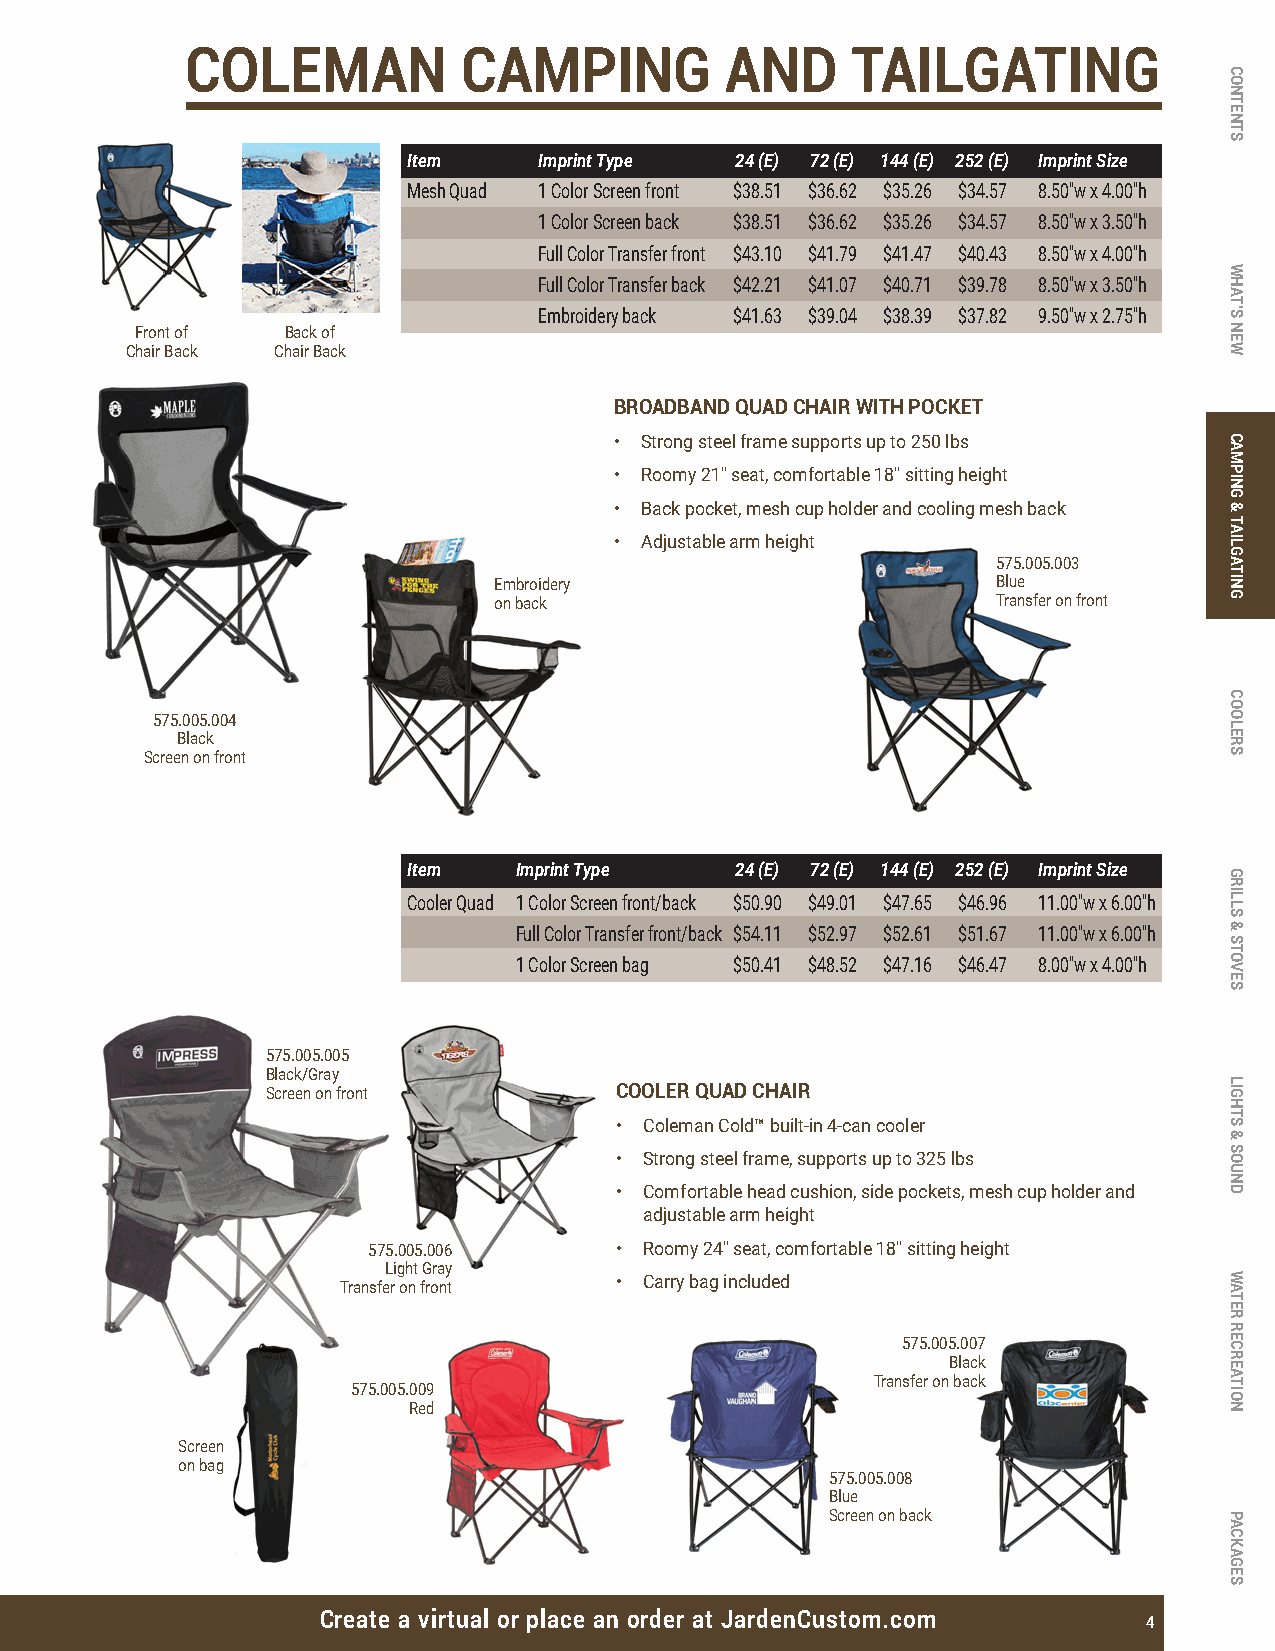
COLEMAN            CAMPING          AND     TAILGATING
 Item     Imprint Type 24 (E) 72 (E) 144 (E) 252 (E) Imprint Size
 Mesh Quad 1 Color Screen front $38.51 $36.62 $35.26 $34.57 8.50"w x 4.00"h
 1 Color Screen back $38.51 $36.62 $35.26 $34.57 8.50"w x 3.50"h
 Full Color Transfer front $43.10 $41.79 $41.47 $40.43 8.50"w x 4.00"h
 Full Color Transfer back $42.21 $41.07 $40.71 $39.78 8.50"w x 3.50"h
 Embroidery back $41.63 $39.04 $38.39 $37.82 9.50"w x 2.75"h
 Front of  Back of
 Chair Back Chair Back
 BROADBAND QUAD CHAIR WITH POCKET
 • Strong steel frame supports up to 250 lbs
 • Roomy 21" seat, comfortable 18" sitting height
 • Back pocket, mesh cup holder and cooling mesh back
 • Adjustable arm height
 575.005.003
 Embroidery                       Blue
 on back                          Transfer on front
 575.005.004
 Black
 Screen on front
 Item   Imprint Type   24 (E) 72 (E) 144 (E) 252 (E) Imprint Size
 Cooler Quad 1 Color Screen front/back $50.90 $49.01 $47.65 $46.96 11.00"w x 6.00"h
 Full Color Transfer front/back $54.11 $52.97 $52.61 $51.67 11.00"w x 6.00"h
 1 Color Screen bag $50.41 $48.52 $47.16 $46.47 8.00"w x 4.00"h
 575.005.005
 Black/Gray
 Screen on front        COOLER QUAD CHAIR
 • Coleman Cold™ built-in 4-can cooler
 • Strong steel frame, supports up to 325 lbs
 • Comfortable head cushion, side pockets, mesh cup holder and
 adjustable arm height
 575.005.006      • Roomy 24" seat, comfortable 18" sitting height
 Light Gray
 • Carry bag included
 Transfer on front
 575.005.007
 Black
 Transfer on back
 575.005.009
 Red
 Screen
 on bag
 575.005.008
 Blue
 Screen on back
 Create a virtual or place an order at JardenCustom.com 4
 CONTENTS
 WHAT’S
 NEW
 CAMPING
 &
 TAILGATING
 COOLERS
 GRILLS
 &
 STOVES
 LIGHTS
 &
 SOUND
 WATER
 RECREATION
 PACKAGES